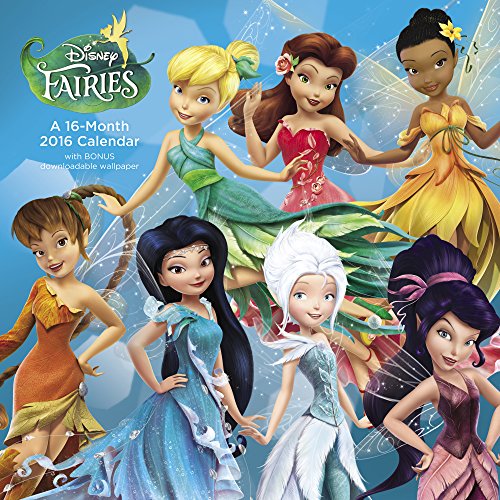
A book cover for Disney Fairies Wall Calendar (2016); Mead; Calendars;